Document type: Fief grant
Year: 1411
Scribe: Arnau de Lledó
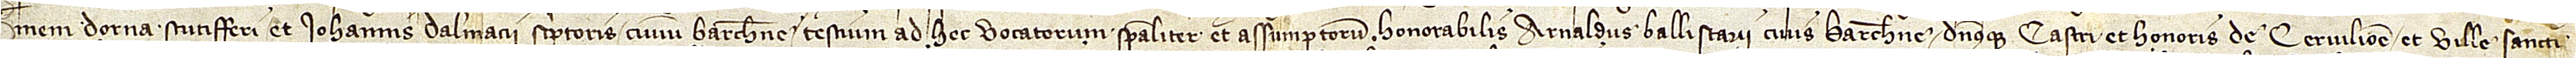
meni Dorna, scutifferi, et Iohannis Dalmacii, scriptoris, civium Barchinone, testium ad hec vocatorum specialiter et assumptorum, honorabilis Arnaldus Ballistarii, civis Barchinone dominusque castri et honoris de Cervilione et ville Sancti